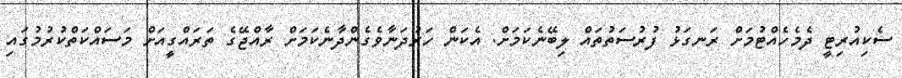
ސެކިއުރިޓީ ދެމެހެއްޓުމަށް ރަނގަޅު ފުރުސަތުތައް ލިބޭނެކަމަށް. އެކަން ހަރުދަނާވެގެންދާނެކަމަށް ރާއްޖޭގެ ތަރައްގީއަށް މަސައްކަތްކުރުމުގައި